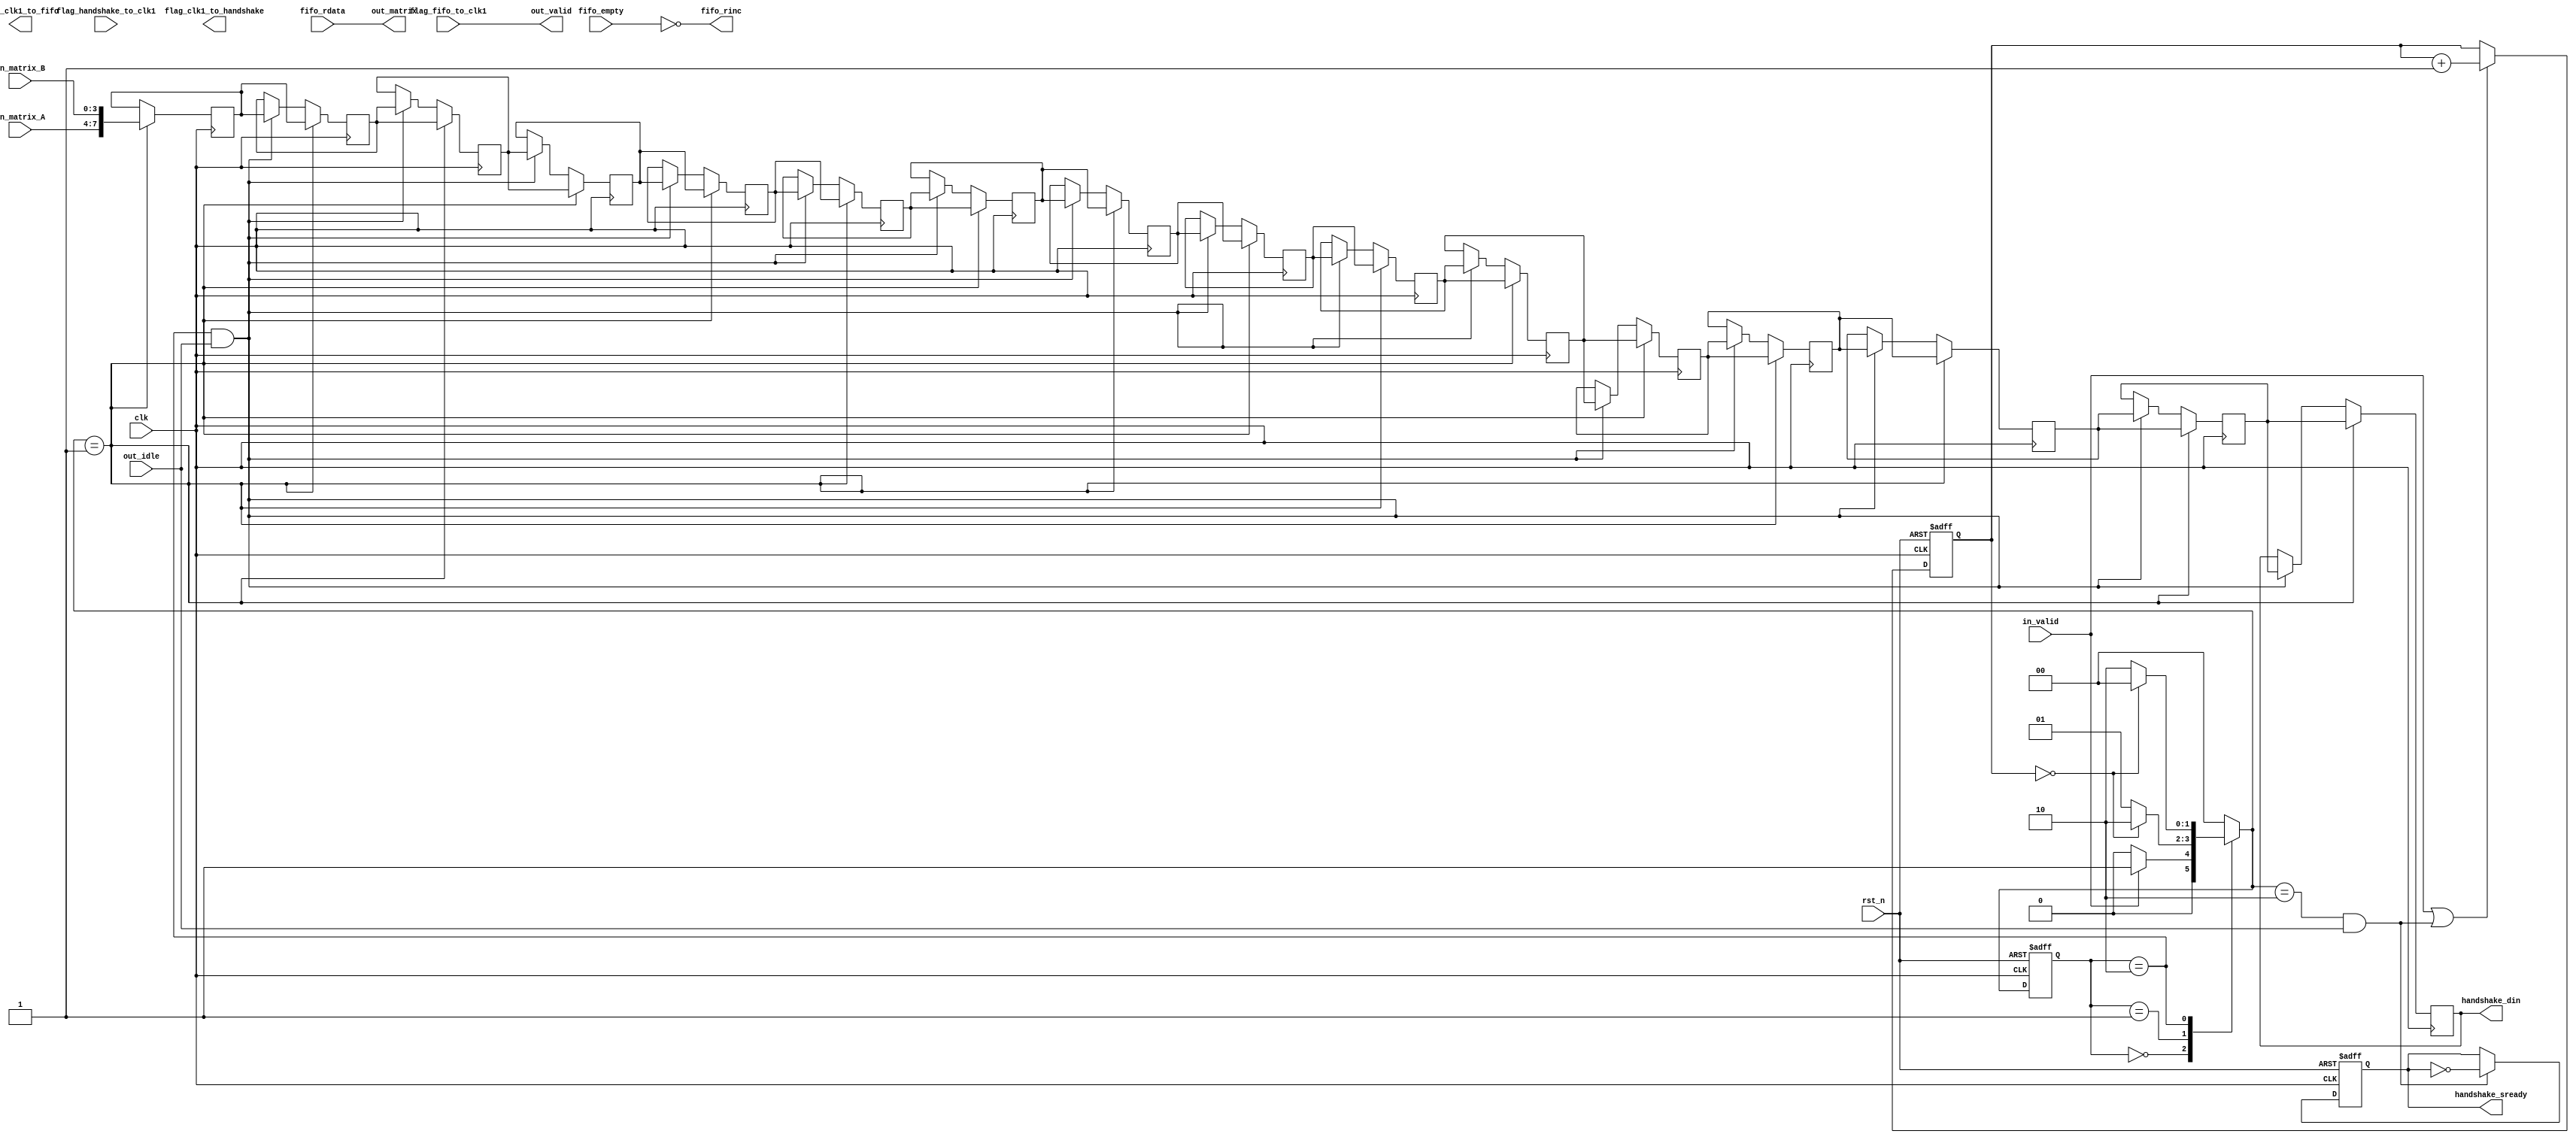
module CLK_1_MODULE (
    clk,
    rst_n,
    in_valid,
	in_matrix_A,
    in_matrix_B,
    out_idle,
    handshake_sready,
    handshake_din,

    flag_handshake_to_clk1,
    flag_clk1_to_handshake,

	fifo_empty,
    fifo_rdata,
    fifo_rinc,
    out_valid,
    out_matrix,

    flag_clk1_to_fifo,
    flag_fifo_to_clk1
);
input clk;
input rst_n;
input in_valid;
input [3:0] in_matrix_A;
input [3:0] in_matrix_B;
input out_idle;
output reg handshake_sready;
output reg [7:0] handshake_din;
// You can use the the custom flag ports for your design
input  flag_handshake_to_clk1;
output flag_clk1_to_handshake;

input fifo_empty;
input [7:0] fifo_rdata;
output fifo_rinc;
output reg out_valid;
output reg [7:0] out_matrix;
// You can use the the custom flag ports for your design
output flag_clk1_to_fifo;
input flag_fifo_to_clk1;
//wire
integer i;
reg [7:0] matrix_reg[0:15];
reg [3:0] cnt_in;
parameter IDLE = 0 ,INPUT=1,  HANDSHAKE = 2 ;
reg [1:0] n_state,c_state;

//cnt
always@(posedge clk or negedge rst_n)begin
    if(!rst_n) cnt_in <= 0;
    else if(in_valid || (n_state == HANDSHAKE && out_idle)) cnt_in <= cnt_in+1;
end
//================================================================
//  FSM                 
//================================================================
always@(posedge clk or negedge rst_n) begin
    if(!rst_n) begin
        c_state <= IDLE;
    end
    else begin
        c_state <= n_state;
    end
end


always@(*) begin
    case (c_state)
    IDLE : begin
        if(in_valid) n_state = INPUT;
        else n_state = IDLE;
    end 
    INPUT:begin
        if( cnt_in==0) n_state = HANDSHAKE;
        else n_state = INPUT;
    end
    HANDSHAKE : begin
        if(cnt_in == 0) n_state = IDLE;
        else n_state = HANDSHAKE;
    end
        default: n_state = IDLE;
    endcase
end
//================================================================
//  HANDSHAKE input Part                 
//================================================================
// assertion will consider all possiblity, only (in_valid) ,without (n_state == INPUT) will reconsider in_valid and make din unstable
// need store all input, after that go handshake syn, can't do them together!!!  otherwise, din unstable 
always@(posedge clk)begin
    if(n_state == INPUT ) begin   
        matrix_reg[15] <= {in_matrix_A,in_matrix_B};
        for(i=0;i<15;i=i+1) matrix_reg[i] <= matrix_reg[i+1];
    end
    else if(c_state == HANDSHAKE && out_idle)
        for(i=0;i<15;i=i+1) matrix_reg[i] <= matrix_reg[i+1];
end

always@(posedge clk or negedge rst_n)begin
    if(!rst_n) handshake_sready <= 0;
    else if(n_state == HANDSHAKE && out_idle) handshake_sready <= ~handshake_sready;
    else handshake_sready <= handshake_sready;
end
//handshake data in
always@(*) begin
    handshake_din = matrix_reg[0];
end
//================================================================
//  FIFO output Part                 
//================================================================
//output
assign fifo_rinc = ! fifo_empty;

always@(*)begin
    out_valid <= flag_fifo_to_clk1;
    out_matrix <= fifo_rdata;
end

endmodule








module CLK_2_MODULE (
    clk,
    rst_n,
    in_valid,
    fifo_full,
    in_matrix,
    out_valid,
    out_matrix,
    busy,

    flag_handshake_to_clk2,
    flag_clk2_to_handshake,

    flag_fifo_to_clk2,
    flag_clk2_to_fifo
);

input clk;
input rst_n;
input in_valid;
input fifo_full;
input [7:0] in_matrix;
output reg out_valid;
output reg [7:0] out_matrix;
output reg busy;

// You can use the the custom flag ports for your design
input  flag_handshake_to_clk2;
output flag_clk2_to_handshake;
input  flag_fifo_to_clk2;
output flag_clk2_to_fifo;

integer i;
reg [3:0] cnt_in;
reg [3:0] cnt_fifo;

parameter IDLE = 0 ,  INPUT = 1 , MULT = 2;
reg [1:0] c_state,n_state;

reg [3:0] matrix_A[0:15];
reg [3:0] matrix_B[0:15];
//================================================================
//  Handshake output  &&   FIFO input Part                 
//================================================================
//input
always@(posedge clk)begin
    if(in_valid)begin
        matrix_A[15] <= in_matrix[7:4];
        for(i=0;i<15;i=i+1)  matrix_A[i] <= matrix_A[i+1];
    end
    else if( c_state == MULT && !fifo_full && &cnt_in[3:0]) 
        for(i=0;i<15;i=i+1)  matrix_A[i] <= matrix_A[i+1];
end

always@(posedge clk)begin
    if(in_valid)begin
        matrix_B[15] <= in_matrix[3:0];
        for(i=0;i<15;i=i+1)  matrix_B[i] <= matrix_B[i+1];
    end
    else if(c_state == MULT && !fifo_full)  begin
        matrix_B[15] <= matrix_B[0];
        for(i=0;i<15;i=i+1)  matrix_B[i] <= matrix_B[i+1];
    end
end
//cnt
always@(posedge clk or negedge rst_n)begin
    if(!rst_n) cnt_in <= 0;
    else if(in_valid || (c_state == MULT && !fifo_full)) cnt_in <= cnt_in + 1;
end

always@(posedge clk or negedge rst_n)begin
    if(!rst_n) cnt_fifo <= 0;
    else if(c_state == MULT && !fifo_full && &cnt_in[3:0])  cnt_fifo <= cnt_fifo + 1;
end
//output
always@(*)begin
    out_matrix =  matrix_A[0] * matrix_B[0];
end

always@(*) begin
    if(c_state == MULT  )   out_valid = !fifo_full;   
    else out_valid = 0;
end
//================================================================
//  FSM                 
//================================================================
always@(posedge clk or negedge rst_n) begin
    if(!rst_n) begin
        c_state <= IDLE;
    end
    else begin
        c_state <= n_state;
    end
end

always@(*) begin
    case (c_state)
    IDLE : begin
        if(in_valid) n_state = INPUT;
        else n_state = IDLE;
    end 
    INPUT : begin
        if(cnt_in == 0) n_state = MULT;
        else n_state = INPUT;
    end
    MULT: begin
        if( &cnt_fifo && &cnt_in && !fifo_full) n_state = IDLE;
         else n_state = MULT;
    end
    default:n_state = IDLE;
    endcase
end




endmodule

    //================================================================
    //  Optimize                  
    //================================================================
    //================================
    //  Design 1                  
    //================================
    /*
    reg [3:0] cnt_handshake;
    always@(posedge clk or negedge rst_n) begin
        if(!rst_n) cnt_handshake <= 0;
        else if(n_state == HANDSHAKE && out_idle) cnt_handshake <= cnt_handshake + 1;
    end
    */

    //================================
    //  Design 2              
    //================================
    //84421.768806 --> 82393.773546  by reduce mux area
    //cnt
    /*
    reg [7:0] matrix_reg_clk2 [0:15];
    always@(posedge clk)begin
        if(in_valid)begin
            matrix_reg_clk2[15] <= in_matrix;
            for(i=0;i<15;i=i+1)  matrix_reg_clk2[i] <= matrix_reg_clk2[i+1];
        end
    end

    always@(*)begin
        out_matrix =  matrix_reg_clk2[cnt_fifo[7:4]][7:4] * matrix_reg_clk2[cnt_fifo[3:0]][3:0];
    end
    */

    //================================================================
    // BUG from jasper gold                 
    //================================================================
    //================================
    //  Design 1                  
    //================================
    
    //fifo back
    /*
    reg read_en;
    always@(posedge clk or negedge rst_n)begin
        if(!rst_n) read_en <= 0;
        else read_en <= ~fifo_empty;
    end 
    assign fifo_rinc = read_en;
    */

    /*
    always@(posedge clk or negedge rst_n) begin
        if(!rst_n) begin
            out_valid <= 0;
            out_matrix <= 0;
        end
        else if(flag_fifo_to_clk1) begin
            out_valid <= 1;
            out_matrix <= fifo_rdata;
        end
        else begin
            out_valid <= 0;
            out_matrix <= 0; 
        end
    end*/

    //================================
    //  Design 2   function right but JG fail(push when wfull)                
    //================================
    /*
    always@(posedge clk or negedge rst_n)begin
        if(!rst_n) cnt_fifo <= 0;
        else if(c_state == FIFO_IN && (n_state == MULT || n_state == IDLE)) cnt_fifo <= cnt_fifo + 1;
                        //n_state != mult (mean c_state&&n_state == FIFO_IN ---> wfull)
    end*/
    /*

    always@(*) begin
        case (c_state)
        IDLE : begin
            if(in_valid) n_state = INPUT;
            else n_state = IDLE;
        end 
        INPUT : begin
            if(cnt_in == 0) n_state = MULT;
            else n_state = INPUT;
        end
        MULT: begin
        // if(cnt_fifo[8]) n_state = IDLE;
            n_state = FIFO_IN;
        end
        FIFO_IN:begin
            if(cnt_fifo==255) n_state = IDLE;
            else if(fifo_full) n_state = FIFO_IN;
            else n_state = MULT;
        end
        endcase
    end

    //assign flag_clk2_to_fifo = (c_state ==IDLE&& n_state == INPUT)? 1:0;
    always@(posedge clk) begin
        if(c_state == MULT ) begin
            out_matrix <= matrix_reg_clk2[cnt_fifo[7:4]][7:4] * matrix_reg_clk2[cnt_fifo[3:0]][3:0];
        end
    end

    always@(posedge clk or negedge rst_n) begin
        if(!rst_n) out_valid <= 0;
        else if(n_state == MULT)   out_valid <= 1;
        else out_valid <=0;
    end
    */